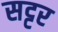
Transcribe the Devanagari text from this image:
सट्टर